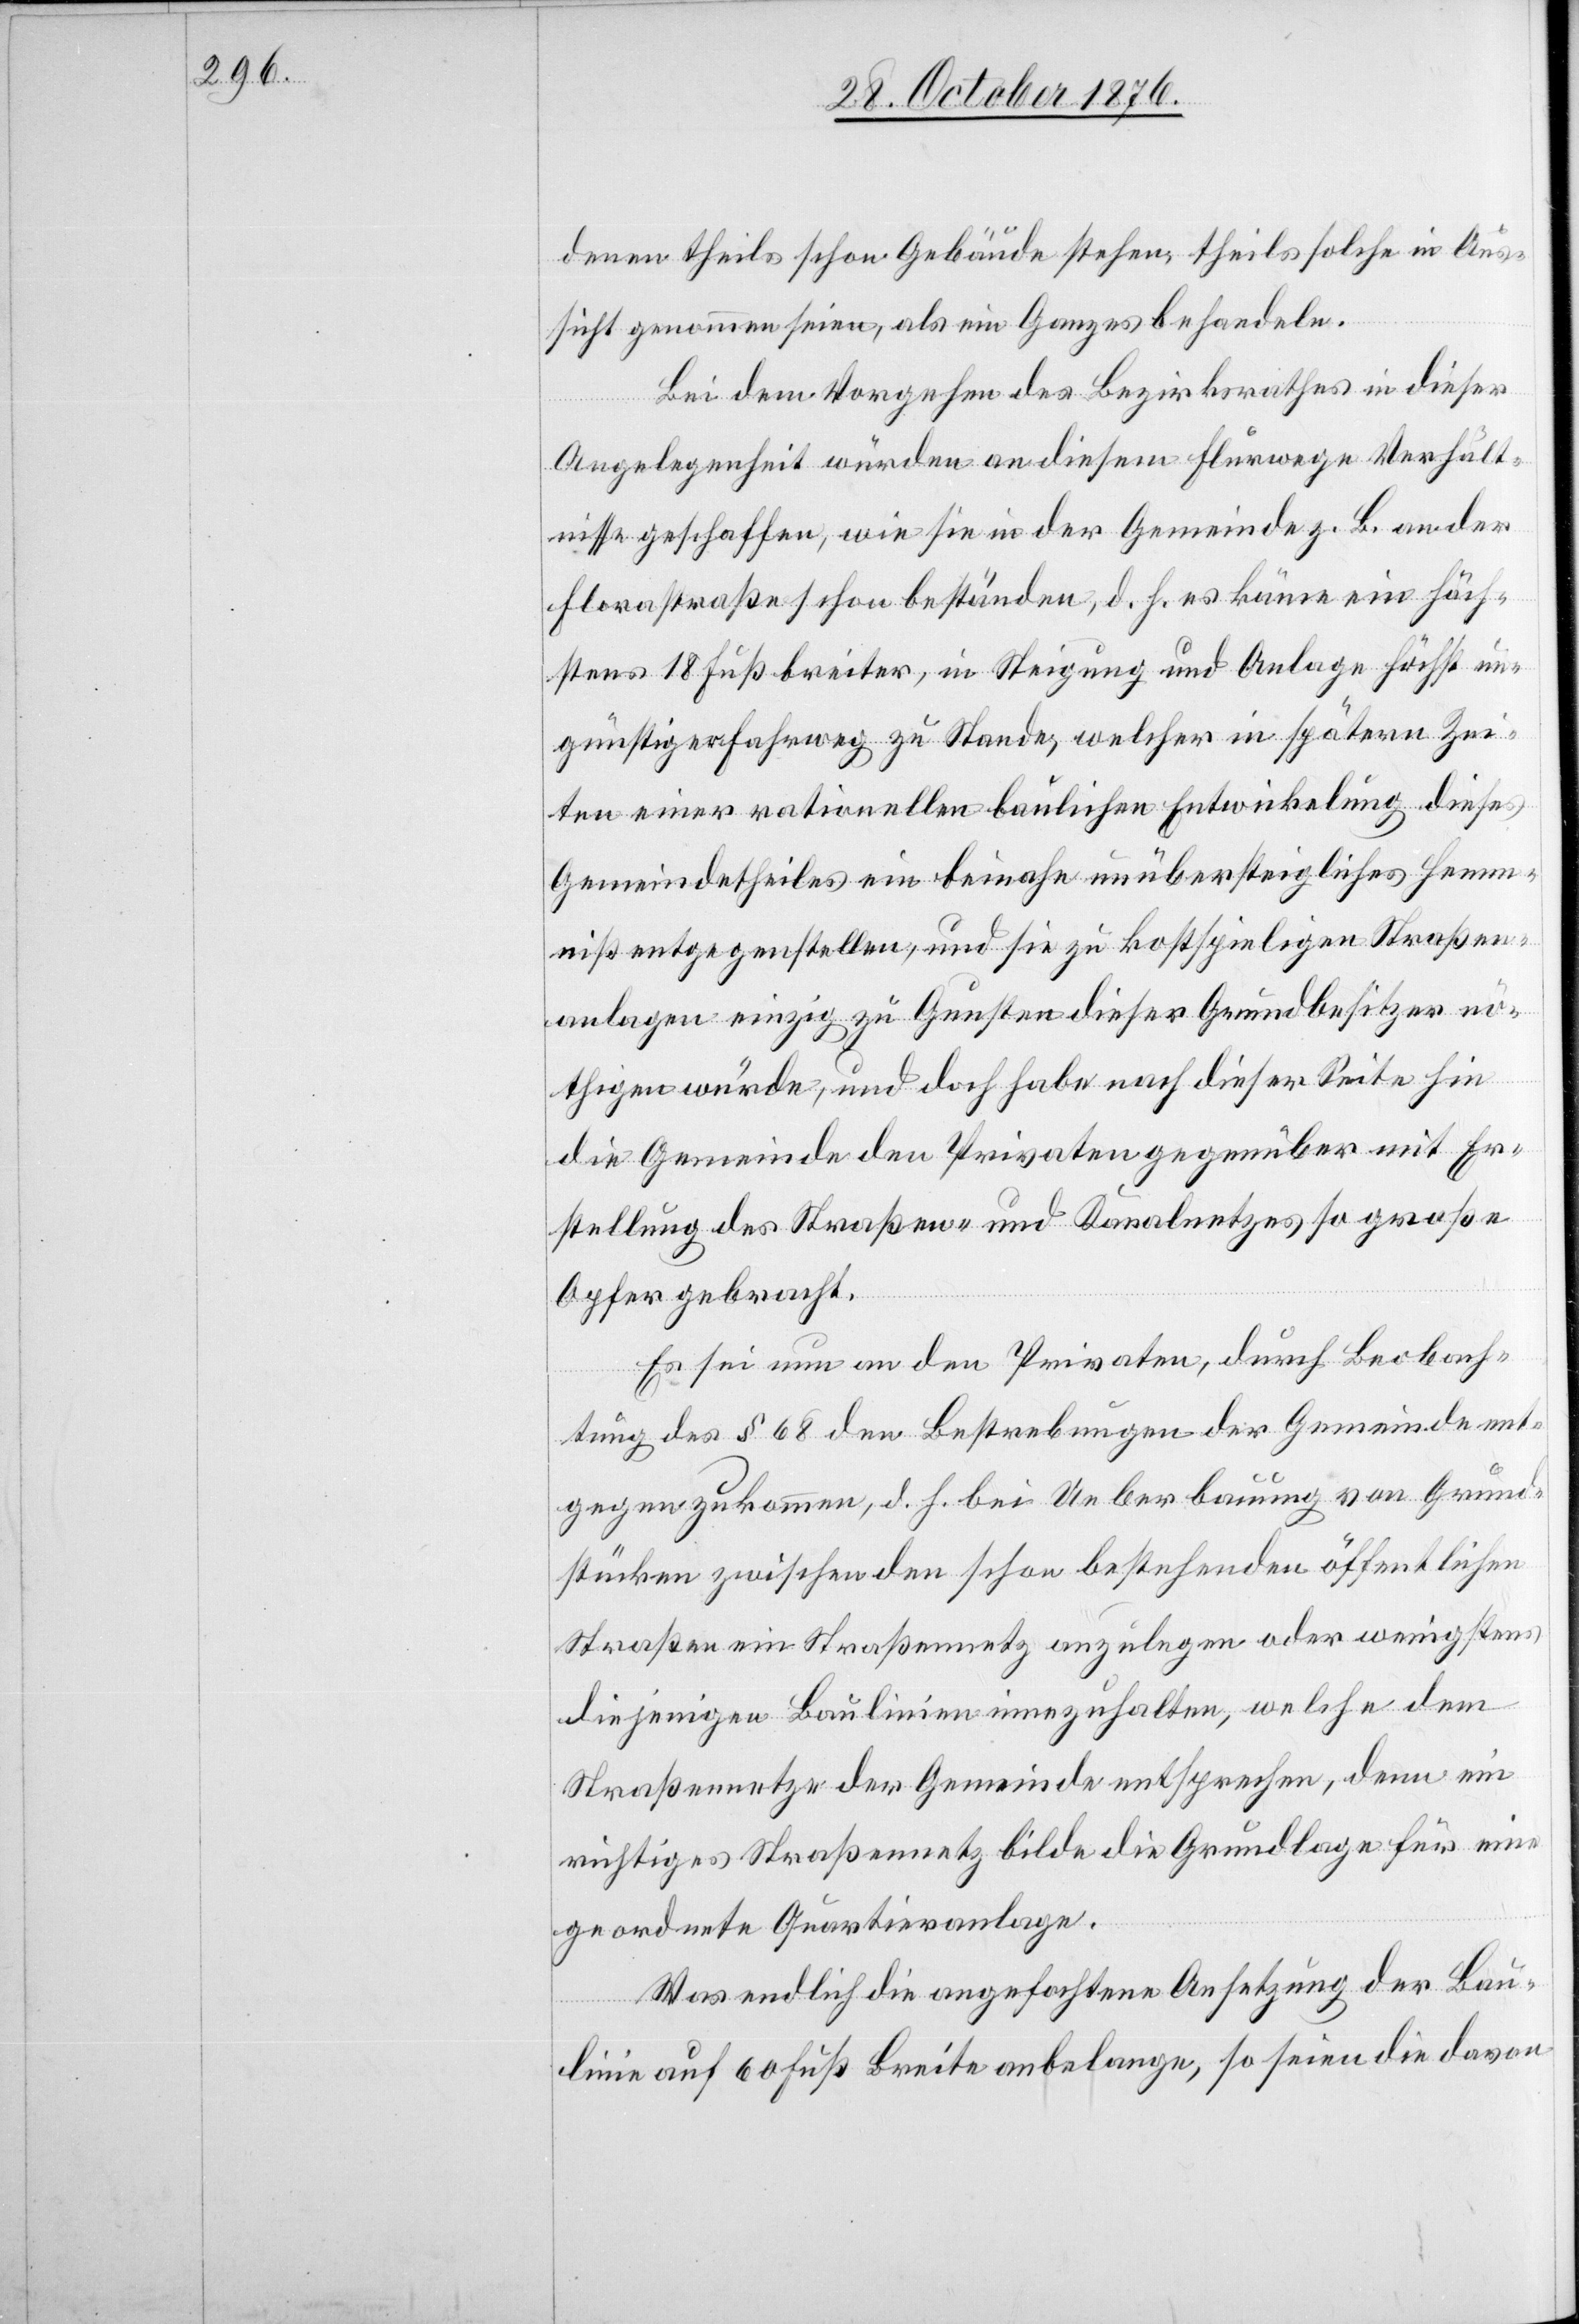
denen Theils schon Gebäude stehen, theils solche in Aus¬
sicht genommen seien, als ein Ganzes behandeln.
Bei dem Vorgehen des Bezirksrathes in dieser
Angelegenheit würden an diesem Flurwege Verhält¬
nisse geschaffen, wie sie in der Gemeinde z. B. an der
Florastraße schon bestünden, d. h. es käme ein höch¬
stens 18 Fuß breiter, in Steigung und Anlage höchst un¬
günstiger Fahrweg zu Stande, welcher in spätern Zei¬
ten einer rationellen baulichen Entwickelung dieses
Gemeindetheiles ein beinahe unübersteigliches Hemm¬
niß entgegenstellen, und sie zu kostspieligen Straßen¬
anlagen einzig zu Gunsten dieser Grundbesitzer nö¬
thigen würde, und doch habe nach dieser Seite hin
die Gemeinde den Privaten gegenüber mit Er¬
stellung des Straßen- und Kanalnetzes so große
Opfer gebracht.
Es sei nun an den Privaten, durch Beobach¬
tung des § 68 den Bestrebungen der Gemeinde ent¬
gegenzukommen, d. h. bei Ueberbauung von Grund¬
stücken zwischen den schon bestehenden öffentlichen
Straßen ein Straßennetz anzulegen oder wenigstens
diejenigen Baulinien innezuhalten, welche dem
Straßennetze der Gemeinde entsprechen, denn ein
richtiges Straßennetz bilde die Grundlage für eine
geordnete Quartieranlage.
Was endlich die angefochtene Ansetzung der Bau¬
linie auf 60 Fuß Breite anbelange, so seien die davon